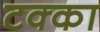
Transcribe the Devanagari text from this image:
टक्‍का